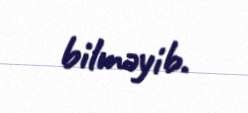
bilməyib.